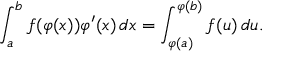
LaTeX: \int _ { a } ^ { b } f ( \varphi ( x ) ) \varphi ^ { \prime } ( x ) \, d x = \int _ { \varphi ( a ) } ^ { \varphi ( b ) } f ( u ) \, d u .